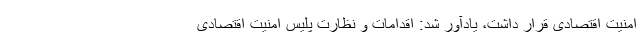
امنیت اقتصادی قرار داشت، یادآور شد: اقدامات و نظارت پلیس امنیت اقتصادی